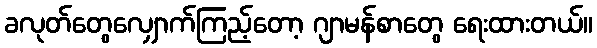
ခလုတ်တွေလျှောက်ကြည့်တော့ ဂျာမန်စာတွေ ရေးထားတယ်။